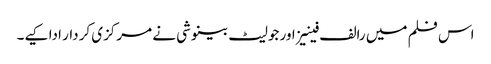
اس فلم میں رالف فینیز اور جولیٹ بینوشی نے مرکزی کردار ادا کیے۔